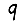
Digit: 9